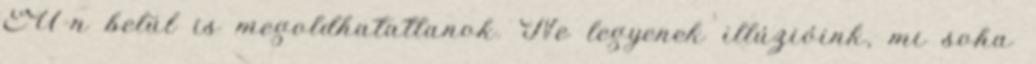
EU-n belül is megoldhatatlanok. Ne legyenek illúzióink, mi soha